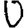
Digit: 0